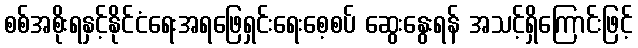
စစ်အစိုးရနှင့်နိုင်ငံရေးအရဖြေရှင်းရေးစေ့စပ် ဆွေးနွေးရန် အသင့်ရှိကြောင်းဖြင့်